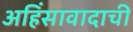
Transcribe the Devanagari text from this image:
अहिंसावादाची